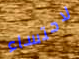
لاحتساء